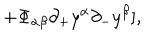
\hspace { 2 0 m m } + \Phi _ { \alpha \beta } { \partial _ { + } } y ^ { \alpha } { \partial _ { - } } y ^ { \beta } ] ,